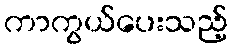
ကာကွယ်ပေးသည့်